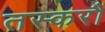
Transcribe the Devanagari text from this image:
तस्करौं